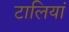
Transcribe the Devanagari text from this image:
टालियां